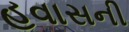
હવાસની